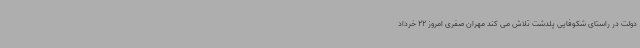
دولت در راستای شکوفایی پلدشت تلاش می کند مهران صفری امروز 22 خرداد